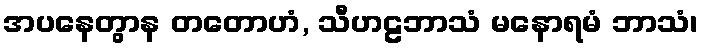
အပနေတွာန တတောဟံ, သီဟဠဘာသံ မနောရမံ ဘာသံ၊